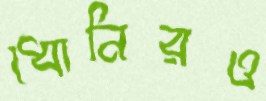
ধোনিরও